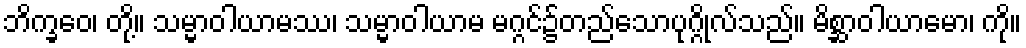
ဘိက္ခဝေ၊ တို့။ သမ္မာဝါယာမဿ၊ သမ္မာဝါယာမ မဂ္ဂင်၌တည်သောပုဂ္ဂိုလ်သည်။ မိစ္ဆာဝါယာမော၊ ကို။